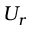
U _ { r }